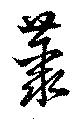
藂